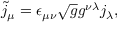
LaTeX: \tilde { j } _ { \mu } = \epsilon _ { \mu \nu } \sqrt { g } g ^ { \nu \lambda } j _ { \lambda } ,